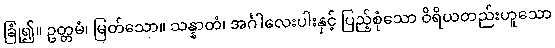
ခြုံ၍။ ဥတ္တမံ၊ မြတ်သော။ သန္နာတံ၊ အင်္ဂါလေးပါးနှင့် ပြည့်စုံသော ဝိရိယတည်းဟူသော